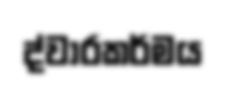
ද්වාරකර්මය